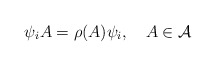
\begin{align*}\psi _{i}A=\rho (A)\psi _{i},\quad A\in \mathcal{A}\end{align*}